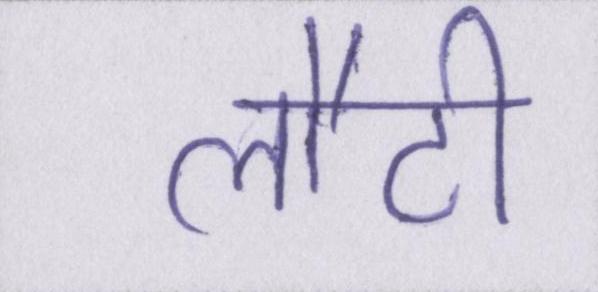
लौटी